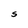
Character: S